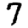
Digit: 7